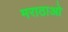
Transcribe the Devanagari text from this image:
मराठाओ